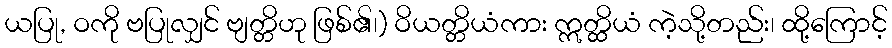
ယပြု, ဝကို ဗပြုလျှင် ဗျတ္တိဟု ဖြစ်၏၊) ဝိယတ္တိယံကား ဣတ္ထိယံ ကဲ့သို့တည်း၊ ထို့ကြောင့်